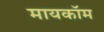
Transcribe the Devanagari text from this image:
मायकॉम